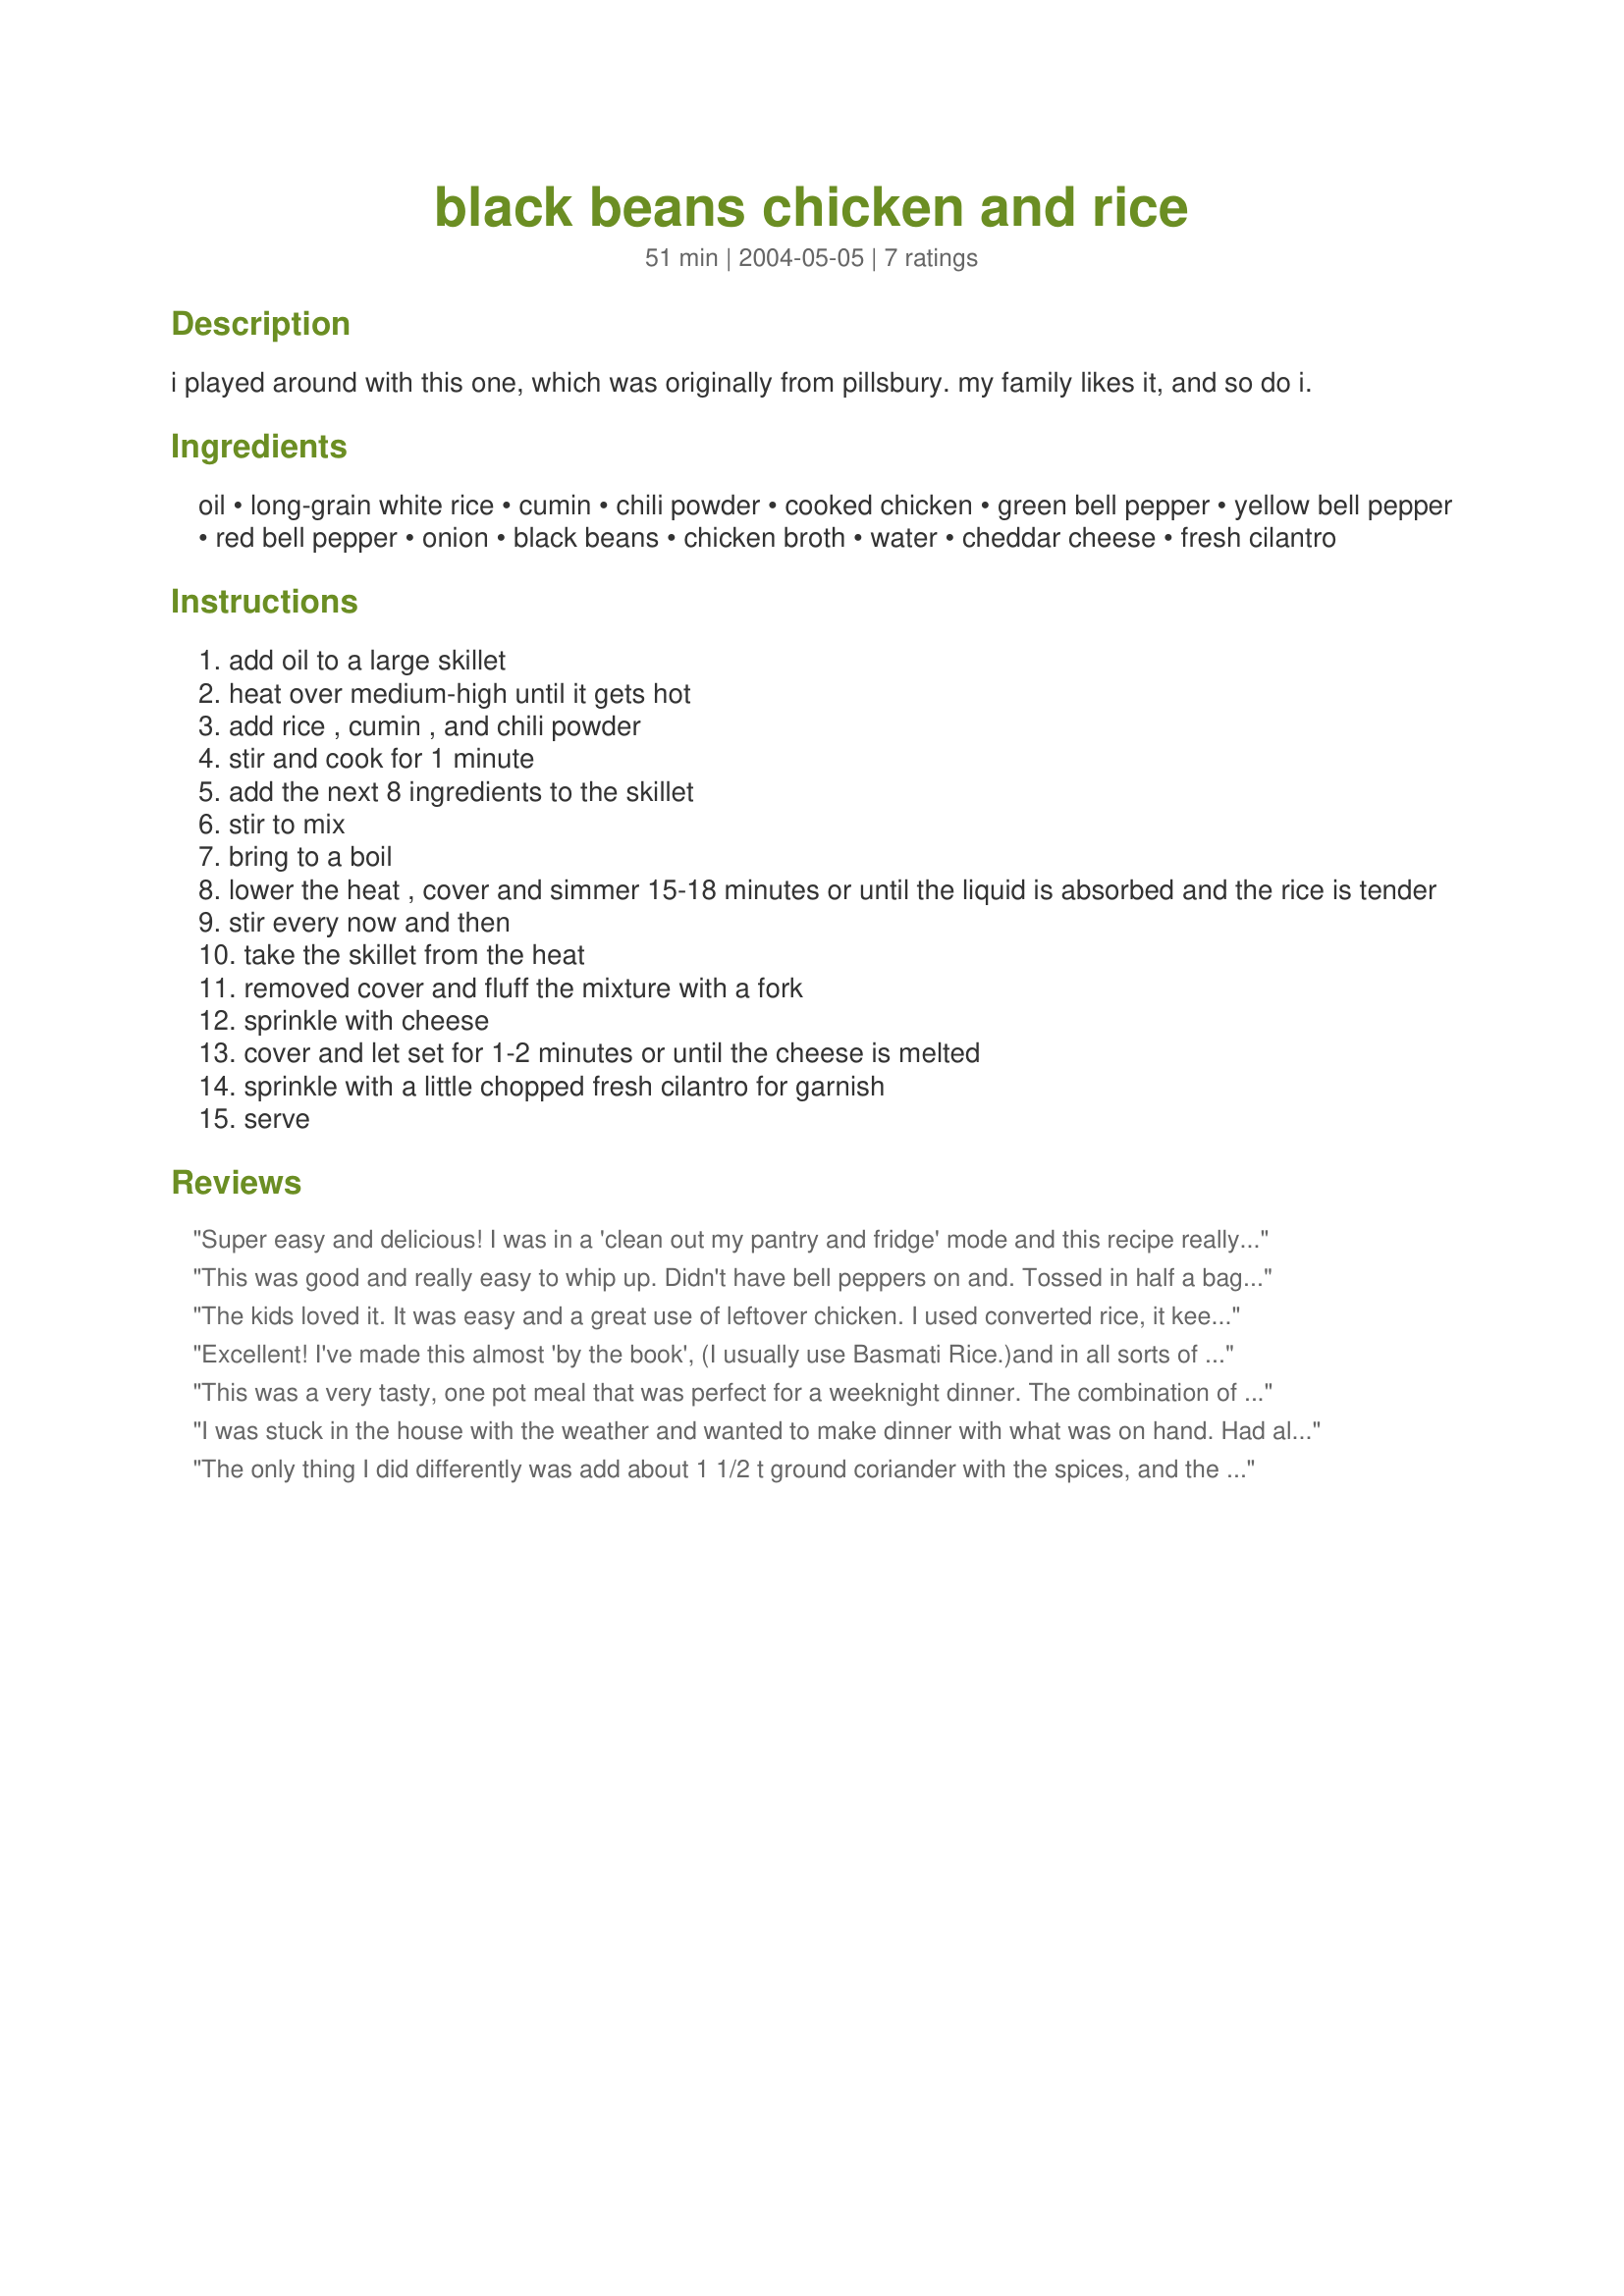
black beans chicken and rice
Preparation time: 51 minutes

i played around with this one, which was originally from pillsbury. my family likes it, and so do i.

Ingredients:
oil, long-grain white rice, cumin, chili powder, cooked chicken, green bell pepper, yellow bell pepper, red bell pepper, onion, black beans, chicken broth, water, cheddar cheese, fresh cilantro

Steps:
add oil to a large skillet
heat over medium-high until it gets hot
add rice , cumin , and chili powder
stir and cook for 1 minute
add the next 8 ingredients to the skillet
stir to mix
bring to a boil
lower the heat , cover and simmer 15-18 minutes or until the liquid is absorbed and the rice is tender
stir every now and then
take the skillet from the heat
removed cover and fluff the mixture with a fork
sprinkle with cheese
cover and let set for 1-2 minutes or until the cheese is melted
sprinkle with a little chopped fresh cilantro for garnish
serve

Reviews:
Super easy and delicious! I was in a 'clean out my pantry and fridge' mode and this recipe really fit the bill. I only had a green pepper so used that plus a can each of corn and chopped tomatoes, both drained. I also added chopped jalepeno slices for heat. This recipe is very forgiving; it would be hard to go wrong. I will definately be making it again. I served it with a little salsa on top, and sour cream might be good on it as well.
This was good and really easy to whip up. Didn't have bell peppers on and. Tossed in half a bag of frozen corn instead of the peppers. Also tossed in a can of diced tomatoes, and skipped the cheese for a healthier dinner. This was good and worked really well for everyone including kids.
The kids loved it. It was easy and a great use of leftover chicken. I used converted rice, it keeps its texture better than white rice in dishes like this.
Excellent! I've made this almost 'by the book', (I usually use Basmati Rice.)and in all sorts of variations. I've subbed. Shredded beef, shredded pork, shredded turkey, and precooked pork charizo. It works well with pinto, white, great northern, and kidney beans. I've even used 'Ranch Style' brand beans, un-drained. It's also fun to play 'mix and match' with the cheese. A blend of sharp cheddar, jack, and asadero is particularly good, so is sharp cheddar and mozzarella. thanks for posting this great recipe. Pierre
This was a very tasty, one pot meal that was perfect for a weeknight dinner. The combination of ingredients worked well together and everyone enjoyed it. Very colorful too, from all the bell peppers.
I was stuck in the house with the weather and wanted to make dinner with what was on hand. Had all but red/yellow bell peppers. Added mild banana pepper instead. It was great! What a pleasant surprise meal. I can't wait to experiment with this one.
The only thing I did differently was add about 1 1/2 t ground coriander with the spices, and the juice of a lime at the end. I also did not drain the beans, so I omitted the water. I only used one poached and thinly sliced chicken breast halve, and we didn't miss the extra meat. We ate it with lots of hot sauce. Quick, easy, and reheated very nicely.
